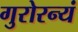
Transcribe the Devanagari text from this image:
गुरोरन्यं